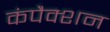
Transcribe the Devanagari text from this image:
कंपैक्शन